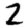
Digit: 2